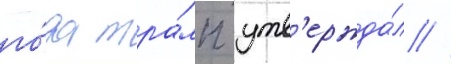
го́да тра́мп утв'ержда́л /